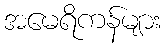
အမေရိကန်များ